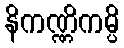
နိကဏ္ဏိကမ္ပိ